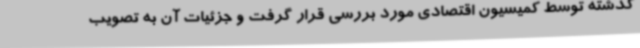
گذشته توسط کمیسیون اقتصادی مورد بررسی قرار گرفت و جزئیات آن به تصویب